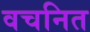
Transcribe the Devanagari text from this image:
वचनित